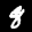
Label: 8